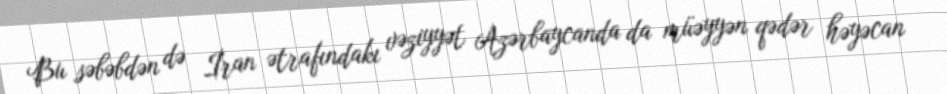
Bu səbəbdən də İran ətrafındakı vəziyyət Azərbaycanda da müəyyən qədər həyəcan